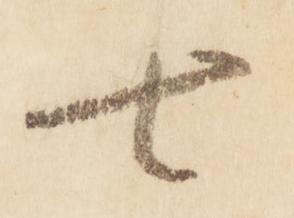
七